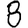
Digit: 8